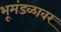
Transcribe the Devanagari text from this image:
भूमंडळावर